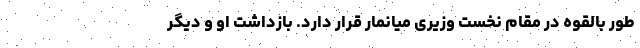
طور بالقوه در مقام نخست وزیری میانمار قرار دارد. بازداشت او و دیگر